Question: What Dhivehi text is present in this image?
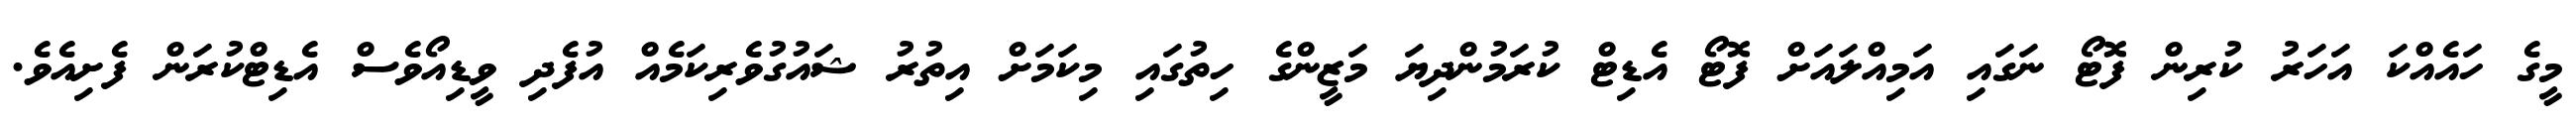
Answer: މީގެ ހައެއްކަ އަހަރު ކުރިން ފޮޓޯ ނަގައި އަމިއްލައަށް ފޮޓޯ އެޑިޓް ކުރަމުންދިޔަ މަޒީންގެ ހިތުގައި މިކަމަށް އިތުރު ޝައުގުވެރިކަމެއް އުފެދި ވީޑިއޯވެސް އެޑިޓްކުރަން ފެށިއެވެ.